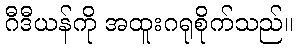
ဂီဒီယန်ကို အထူးဂရုစိုက်သည်။